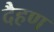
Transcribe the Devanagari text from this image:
दैहण